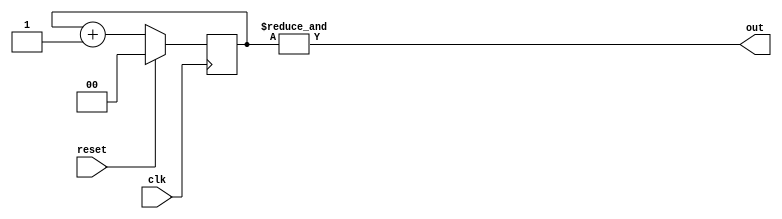
`timescale 1ns / 1ps
//////////////////////////////////////////////////////////////////////////////////
// Company: zju
// 
// Module Name:    div_N 
//////////////////////////////////////////////////////////////////////////////////
module div_N(clk, reset, out);
    input clk;
    input reset;
    output out;
    
	 parameter n=2;
	 reg[n-1:0] q;
	 assign out=&q;
    always @(posedge clk)
	 if (reset) q<=0;else q<=q+1;

endmodule